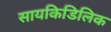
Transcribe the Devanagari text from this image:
सायकिडिलिक